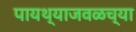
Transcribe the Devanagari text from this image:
पायथ्याजवळच्या